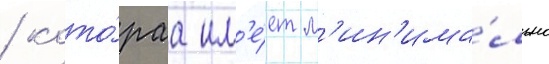
/ кото́раа им'е́ет м'ин'има́льно